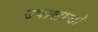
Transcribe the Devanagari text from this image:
उपासाची